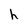
Character: h